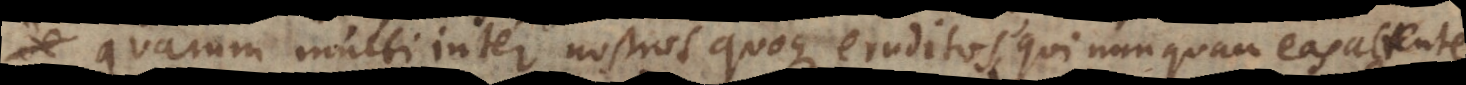
quarum multi inter nostros quoque eruditos, qui nunquam eas attente